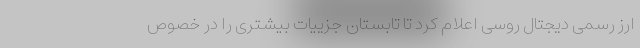
ارز رسمی دیجتال روسی اعلام کرد تا تابستان جزییات بیشتری را در خصوص